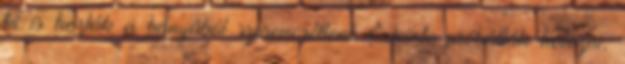
ki is hozták a bányából szerencsétlent. Eleinte próbálták kötözni,